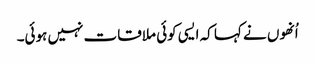
اُنھوں نے کہا کہ ایسی کوئی ملاقات نہیں ہوئی۔